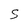
Character: S